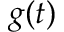
g ( t )